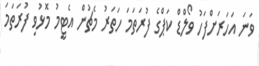
ވަނަ އަހަރަށްފަހު ވޯލްޑް ކަޕްގެ ފުރަތަމަ ހަތަރު މެޗުން އެޓީމު މޮޅުވި ފުރަތަމަ